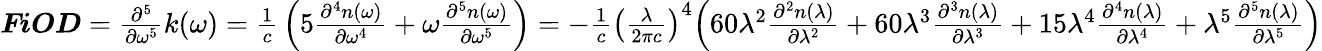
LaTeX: {\begin{array}{l}{{\boldsymbol{\mathit{FiOD}}}={\frac{{\partial}^{5}}{\partial{\omega}^{\mathrm{5}}}}k\mathrm{(}\omega\mathrm{)}={\frac{\mathrm{1}}{c}}\left(\mathrm{5}{\frac{{\partial}^{4}n\mathrm{(}\omega\mathrm{)}}{\partial{\omega}^{\mathrm{4}}}}+\omega{\frac{{\partial}^{5}n\mathrm{(}\omega\mathrm{)}}{\partial{\omega}^{\mathrm{5}}}}\right)={-}{\frac{\mathrm{1}}{c}}{\left({\frac{\lambda}{\mathrm{2}\pi c}}\right)}^{\mathrm{4}}{\Bigl(}\mathrm{60}{\lambda}^{\mathrm{2}}{\frac{{\partial}^{2}n\mathrm{(}\lambda\mathrm{)}}{\partial{\lambda}^{\mathrm{2}}}}+\mathrm{60}{\lambda}^{\mathrm{3}}{\frac{{\partial}^{3}n\mathrm{(}\lambda\mathrm{)}}{\partial{\lambda}^{\mathrm{3}}}}+\mathrm{15}{\lambda}^{\mathrm{4}}{\frac{{\partial}^{4}n\mathrm{(}\lambda\mathrm{)}}{\partial{\lambda}^{\mathrm{4}}}}+{\lambda}^{\mathrm{5}}{\frac{{\partial}^{5}n\mathrm{(}\lambda\mathrm{)}}{\partial{\lambda}^{\mathrm{5}}}}{\Bigr)}}\end{array}}